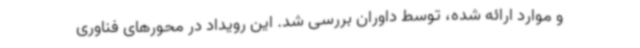
و موارد ارائه شده، توسط داوران بررسی شد. این رویداد در محورهای فناوری